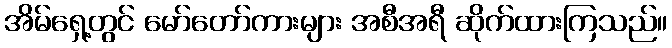
အိမ်ရှေ့တွင် မော်တော်ကားများ အစီအရီ ဆိုက်ထားကြသည်။